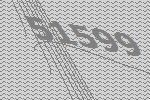
51599